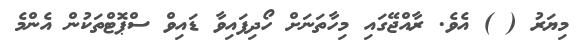
މިޔަރު ( ) އެވެ. ރާއްޖޭގައި މިހާތަނަށް ހޯދިފައިވާ ޑައިވް ސްޕޮޓްތަކުން އެންމެ